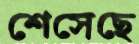
শেসেছে